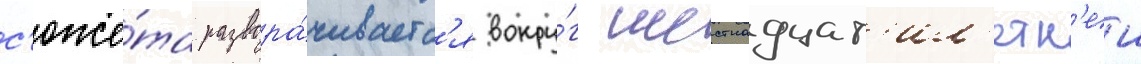
с'юже́та развора́чиваетс'я вокру́г шестнадцат'ил'етн'еи